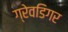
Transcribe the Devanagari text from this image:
ग्रेवडिगर